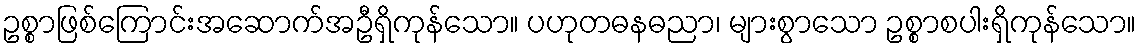
ဥစ္စာဖြစ်ကြောင်းအဆောက်အဦရှိကုန်သော။ ပဟုတဓနဓညာ၊ များစွာသော ဥစ္စာစပါးရှိကုန်သော။